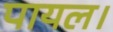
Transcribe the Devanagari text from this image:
पायल।